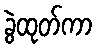
ခွဲထုတ်ကာ